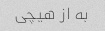
به از هیچی